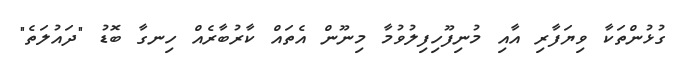
ގުޅުންތަކާ ވިޔަފާރި އާއި މުނިފޫހިފިލުވުމާ މިނޫން އެތައް ކާރުބާރެއް ހިނގާ ބޮޑު "ދައުލަތެ"